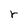
Character: r